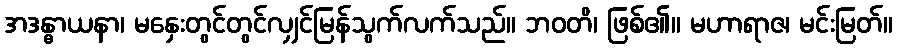
အဒန္ဓာယနာ၊ မနှေးတွင်တွင်လျှင်မြန်သွက်လက်သည်။ ဘဝတိ၊ ဖြစ်၏။ မဟာရာဇ၊ မင်းမြတ်။